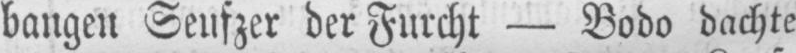
bangen Seufzer der Furcht - Bodo dachte